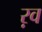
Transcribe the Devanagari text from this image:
ऱव